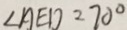
\angle A E D = 7 0 ^ { \circ }